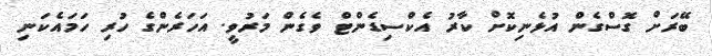
ބޭރަށް ގޮސްގެން އުޅެނިކޮށް ކާރު އެކްސިޑެންޓް ވެގެން މަރުވީ. އަހަރެންގެ ހުރި ހަމައެކަނި